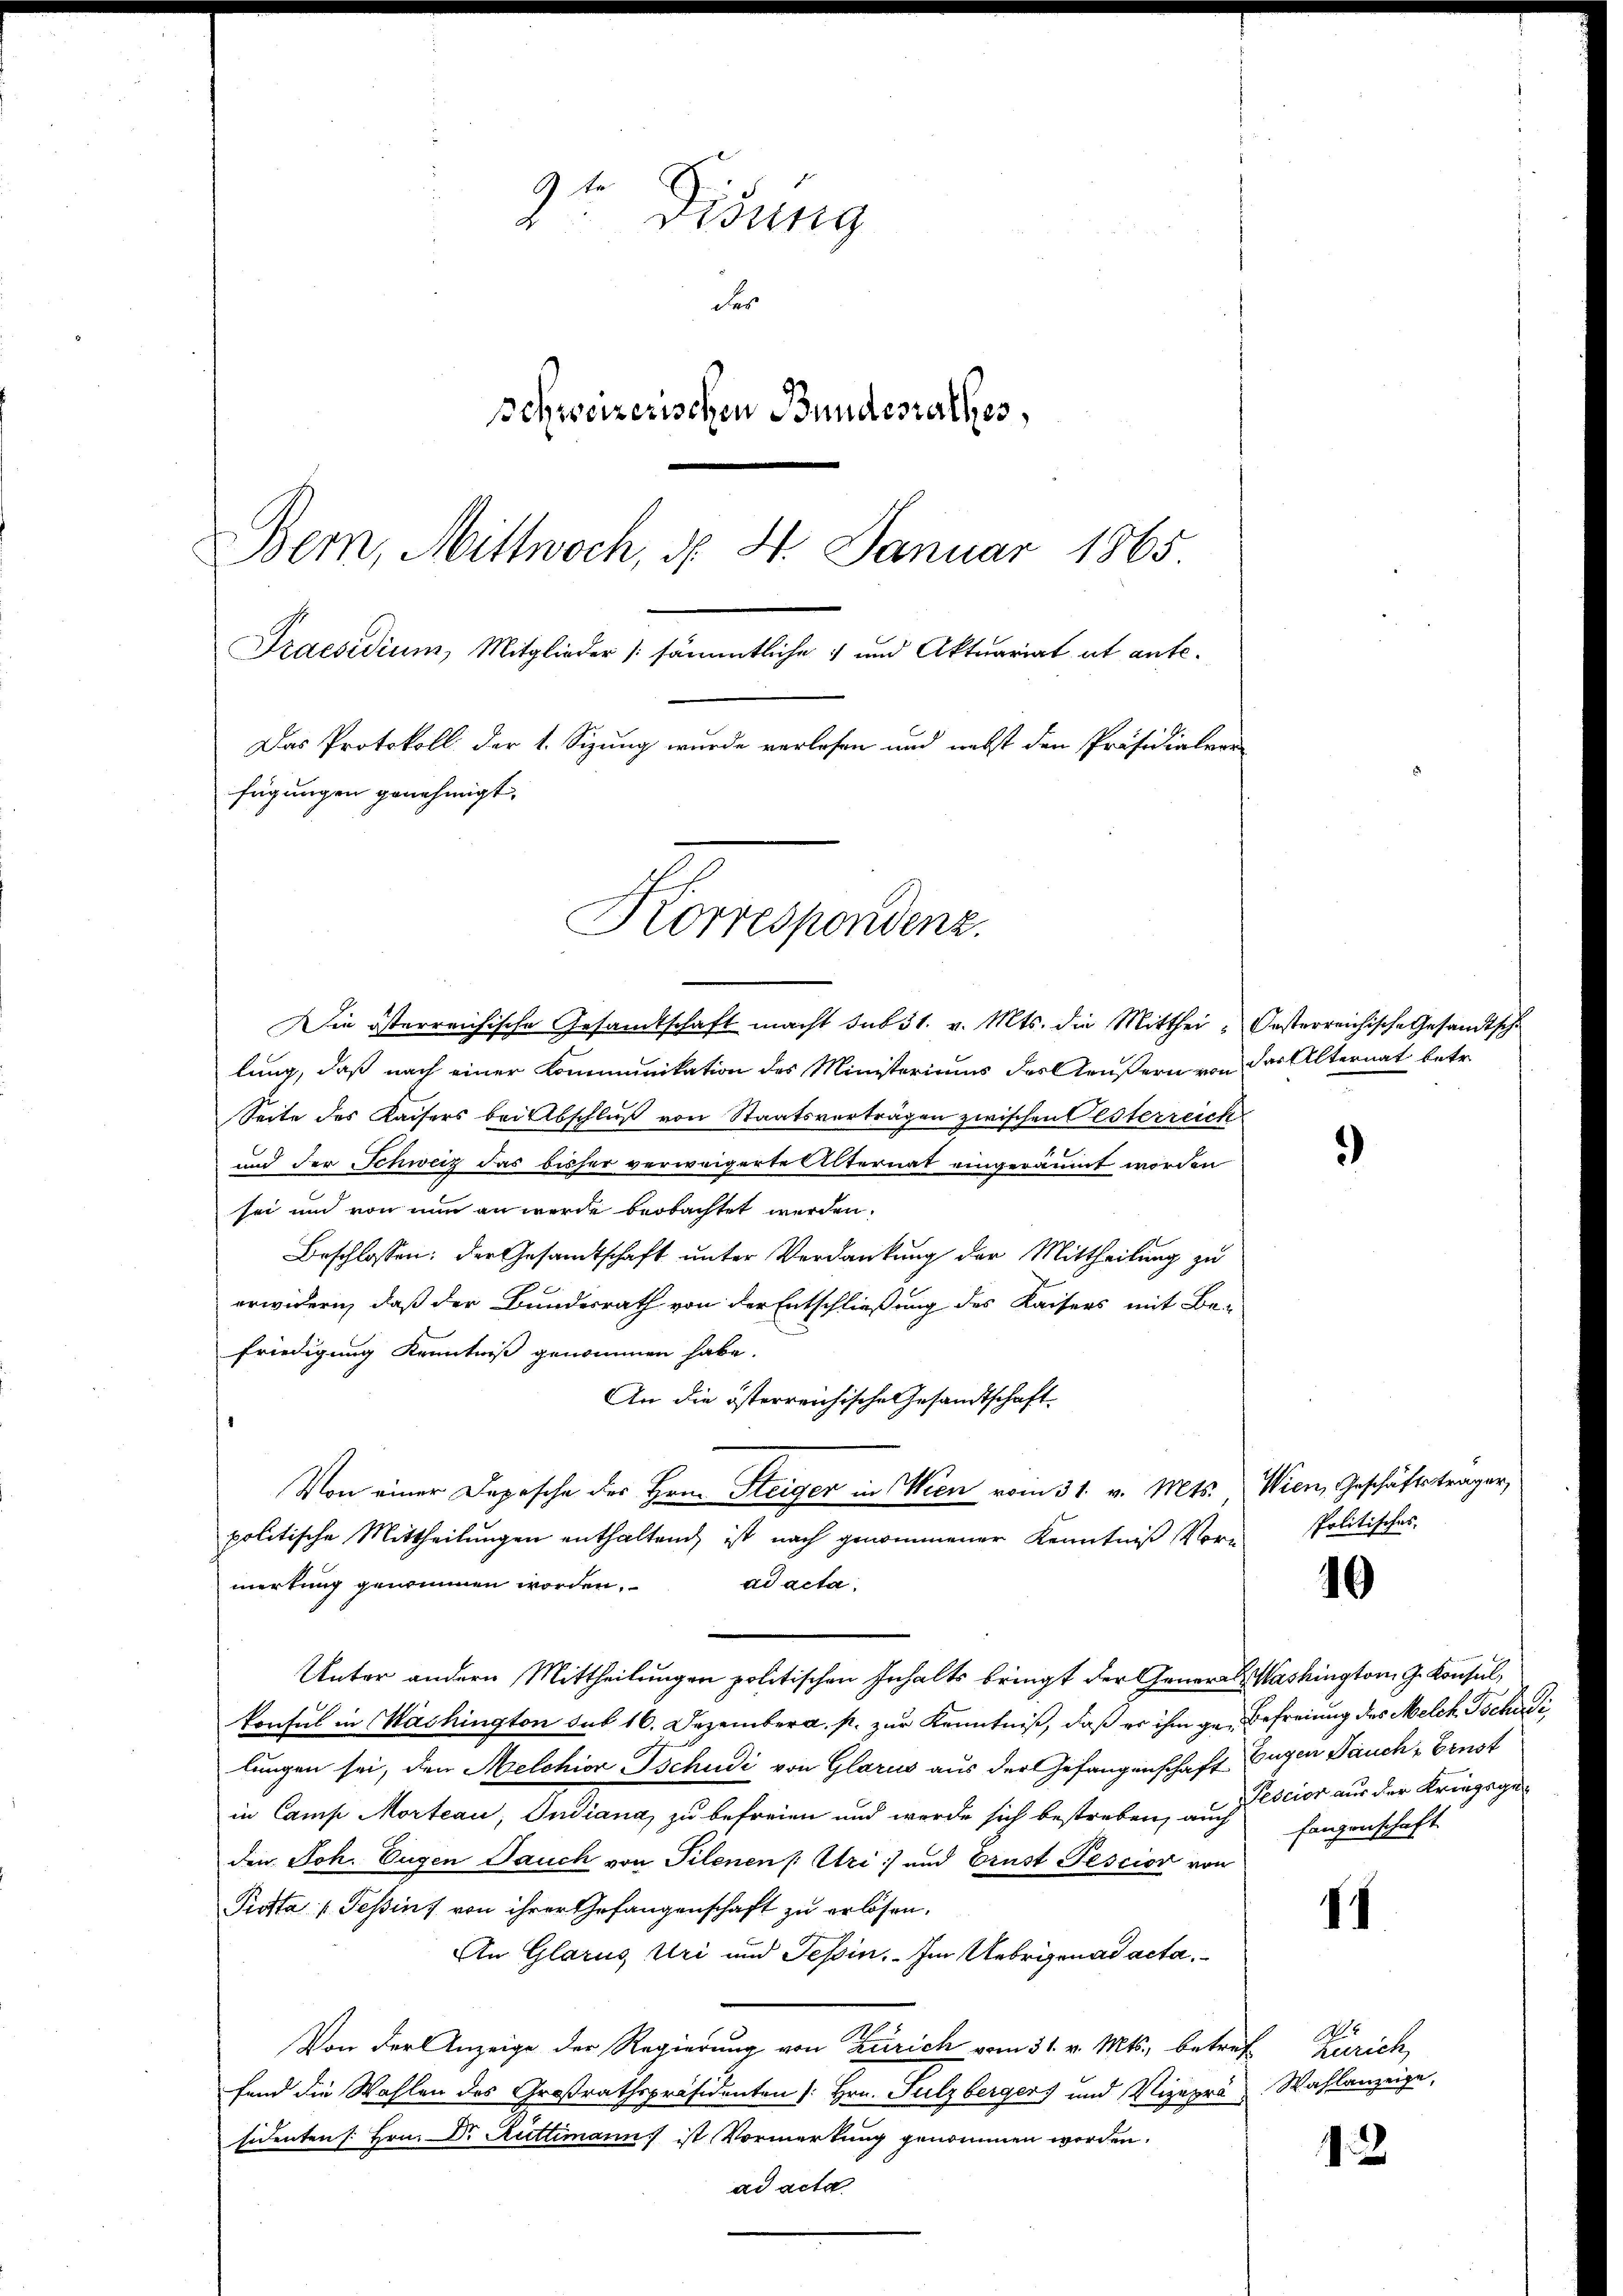
3te Disung
des
schweizerischen Bundesrathes,
Bern, Mittwoch, d. 4. Januar 1865
Praesidium, Mitglieder 1 sämmtliche 4 und Aktuariat ab ante¬
Das Protokoll der 1. Sizung wurde verlesen und nebst den Präsidialere
fügungen genehmigt.

Korrespondenz.

Die österreichische Gesandtschaft macht sub 31. v. Mts. die Mitthei- Gesterreichische Gesandtsch
lung, daß nach einer Kommunikation des Ministeriums des Aeußern von der Alternat betr.
Seite des Kaisers bei Abschluß von Staatsverträgen zwischen Oesterreich
x
und der Schweiz das bisher verweigerte Alternat eingeräumt worden
sei und von nun an werde beobachtet werden,
Beschlossen: der Gesamtschaft unter Verdankung der Mittheilung zu
erwidern, daß der Bundesrath von der Entschließung des Kaisers mit Be-
friedigung Kenntniß genommen habe.
An die österreichische Gesandtschaft
Von einer Depesche des Hrn. Steiger in Wien vom 31. v. Mts., Wien, Geschäftsträger,
politische Mittheilungen enthaltend, ist nach genommener Kenntniß Vorad acta.
merkung genommen worden.
Unter andern Mittheilungen politischen Inhalts bringt der General Washington G. Konsul,
konsul in Washington sub 16. Dezember a. p. zur Kenntniß, daß er ihm ge- Befreiung des Melch Tschudi
lungen sei, den Melchior Tschudi von Glarus aus der Gefangenschaft Eugen Bauch, Ernst
in Camp Morteau, Indiana, zu befreien und werde sich bestreben, an scior aus der Kriegsgeden Joh. Eugen Jauch von Filenen (: Uri und Ernst Tession von
Piotta (Tessins von ihrer Gefangenschaft zu erlösen.
An Glarus Uri und Tessin. Im Uebrigen ad acta.
Von der Anzeige der Regierung von Zürich vom 31. v. Mts., betref Zürich,
fend die Wahlen des Großrathspräsidenten [Hrn. Sulzberger) und Vizeprä Wahlanzeige,
sidenten / Hrn. Dr. Rüttimann ist Vormerkung genommen worden.
ad acta

)

Politisches.

10

Eaigenschaft

1

M.B.

13